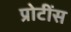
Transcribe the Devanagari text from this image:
प्रोटींस